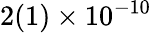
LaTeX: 2(1)\times 10^{-10}